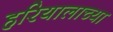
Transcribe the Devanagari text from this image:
हरियालाच्या